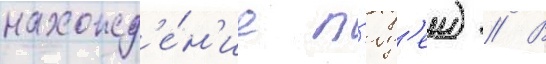
нахожд'е́н'ие л'юд'еи) // В